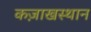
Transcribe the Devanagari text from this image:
कज़ाखस्थान